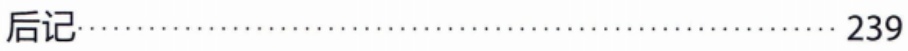
后记\hfill 239